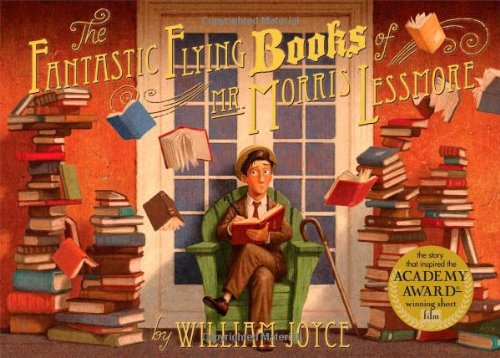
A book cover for The Fantastic Flying Books of Mr. Morris Lessmore; William Joyce; Children's Books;